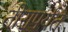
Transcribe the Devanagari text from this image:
तीरापर्यंत